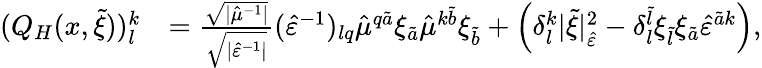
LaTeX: \begin{array}{rl}{(Q_{H}(x,\tilde{\xi}))_{l}^{k}}&{=\frac{\sqrt{\lvert\hat{\mu}^{-1}\rvert}}{\sqrt{\lvert\hat{\varepsilon}^{-1}\rvert}}(\hat{\varepsilon}^{-1})_{lq}\hat{\mu}^{q\tilde{a}}\xi_{\tilde{a}}\hat{\mu}^{k\tilde{b}}\xi_{\tilde{b}}+\left(\delta_{l}^{k}\lvert\tilde{\xi}\rvert_{\hat{\varepsilon}}^{2}-\delta_{l}^{\tilde{l}}\xi_{\tilde{l}}\xi_{\tilde{a}}\hat{\varepsilon}^{\tilde{a}k}\right),}\end{array}